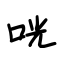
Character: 咣